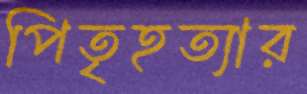
পিতৃহত্যার